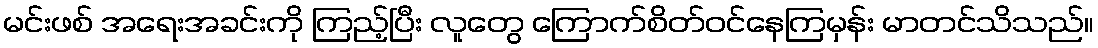
မင်းဖစ် အရေးအခင်းကို ကြည့်ပြီး လူတွေ ကြောက်စိတ်ဝင်နေကြမှန်း မာတင်သိသည်။